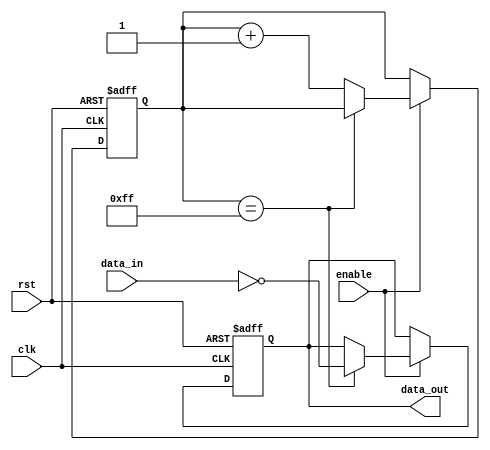
module nand_gate_delay (
  input        clk,
  input        rst,
  input        enable,
  input        data_in,
  output reg   data_out
);

  reg   [7:0]  delay_counter;

  always @(posedge clk or posedge rst) begin
    if (rst) begin
      delay_counter <= 8'b0;
      data_out <= 1'b0;
    end 
    else begin
      if (enable) begin
        if (delay_counter == 8'b11111111) begin
          data_out <= ~data_in;
        end 
        else begin
          delay_counter <= delay_counter + 1;
        end
      end
    end
  end

endmodule